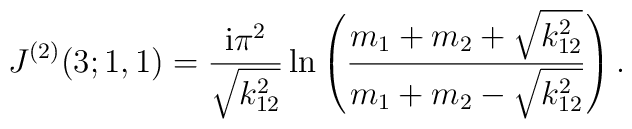
J^{(2)}(3;1,1) = \frac{\mbox{i}\pi^2}{\sqrt{k_{12}^2}}\ln\left(\frac{m_1+m_2+\sqrt{k_{12}^2}}{m_1+m_2-\sqrt{k_{12}^2}} \right) .